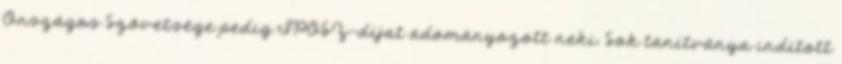
Országos Szövetsége pedig IPOSZ-díjat adományozott neki. Sok tanítványa indított